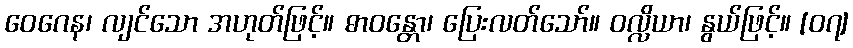
ဝေဂေန၊ လျင်သော အဟုတ်ဖြင့်။ ဓာဝန္တော၊ ပြေးလတ်သော်။ ဝလ္လိယာ၊ နွယ်ဖြင့်။ [၀၇]